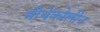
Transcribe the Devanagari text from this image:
मीथेकोलीन